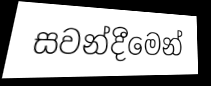
සවන්දීමෙන්